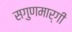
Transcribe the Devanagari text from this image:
सगुणमार्गी